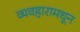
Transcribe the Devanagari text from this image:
व्यवहारामधून